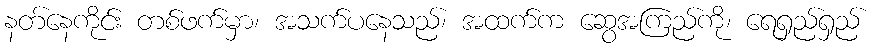
နတ်နေကိုင်း တစ်ဖက်မှာ၊ အသက်ပနေသည်၊ အထက်က ဆွေအကြည်ကို၊ ရေရှည်ရှည်